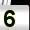
Digit: 5